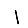
Digit: 1